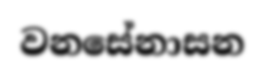
වනසේනාසන